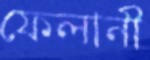
ফেলানী